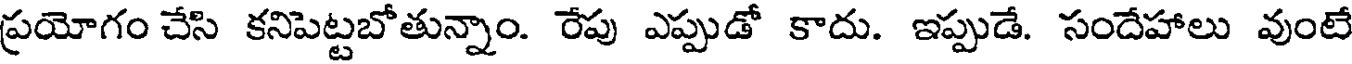
ప్రయోగం చేసి కనిపెట్టబోతున్నాం. రేపు ఎప్పుడో కాదు. ఇప్పుడే. సందేహాలు వుంటే